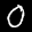
Label: 0